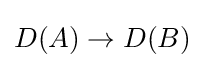
D(A)\to D(B)